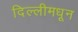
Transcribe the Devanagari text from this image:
दिल्लीमधून